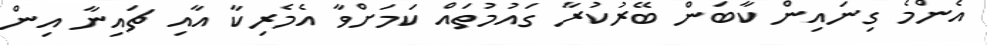
އެންމެ ގިނައިން ކާބަން ބޭރުކުރާ ގައުމުތައް ކަމަށްވާ އެމެރިކާ އާއި ޗައިނާ އިން